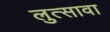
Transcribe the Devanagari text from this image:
लुत्सावा